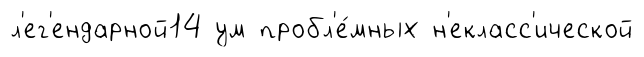
л'ег'ендарной14 ум пробл'е́мных н'екласс'ической